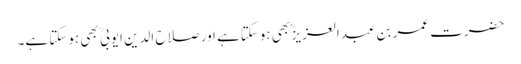
حضرت عمر بن عبدالعزیز ؓ بھی ہوسکتاہے اور صلاح الدین ایوبی ؒ بھی ہوسکتا ہے۔